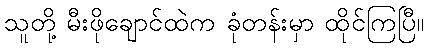
သူတို့ မီးဖိုချောင်ထဲက ခုံတန်းမှာ ထိုင်ကြပြီ။